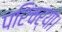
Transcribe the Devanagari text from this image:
परिचर्या।